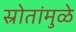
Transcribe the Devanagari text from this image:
स्रोतांमुळे